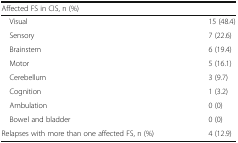
<table><thead><tr><td><b>Affected FS in CIS, n (%)</b></td><td></td></tr></thead><tbody><tr><td> Visual</td><td>15 (48.4)</td></tr><tr><td> Sensory</td><td>7 (22.6)</td></tr><tr><td> Brainstem</td><td>6 (19.4)</td></tr><tr><td> Motor</td><td>5 (16.1)</td></tr><tr><td> Cerebellum</td><td>3 (9.7)</td></tr><tr><td> Cognition</td><td>1 (3.2)</td></tr><tr><td> Ambulation</td><td>0 (0)</td></tr><tr><td> Bowel and bladder</td><td>0 (0)</td></tr><tr><td>Relapses with more than one affected FS, n (%)</td><td>4 (12.9)</td></tr></tbody></table>